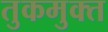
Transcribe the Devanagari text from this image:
तुकमुक्त